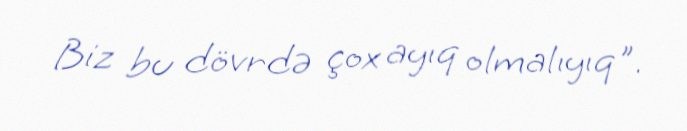
Biz bu dövrdə çox ayıq olmalıyıq".